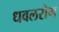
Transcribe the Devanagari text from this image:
धवलरोग